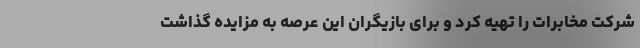
شرکت مخابرات را تهیه کرد و برای بازیگران این عرصه به مزایده گذاشت